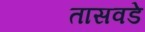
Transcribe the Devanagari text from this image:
तासवडे